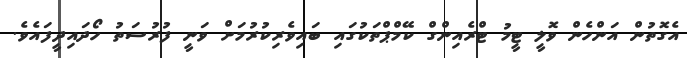
އެގޮތުން އަންހެން ވޮލީ ޓީމު ޓްރެއިންގް ކޭމްޕްތަކުގައި ބައިވެރިކުރުމަށް ވަނީ ފުރުސަތު ހޯދައިދީފައެވެ.